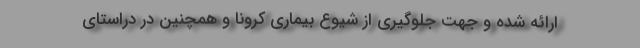
ارائه شده و جهت جلوگیری از شیوع بیماری کرونا و همچنین در دراستای